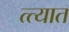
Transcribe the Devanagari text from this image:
त्त्यात